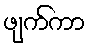
ဖျက်ကာ